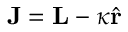
\mathbf { J } = \mathbf { L } - \kappa \hat { \mathbf { r } }